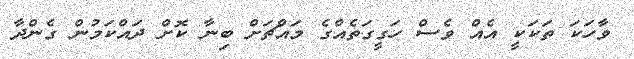
ވާހަކަ ތަކަކީ އެއް ވެސް ހަގީގަތެއްގެ މައްޗަށް ބިނާ ކޮށް ދައްކަމުން ގެންދާ